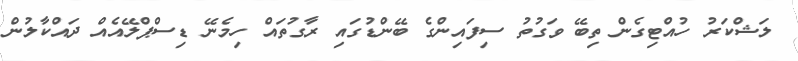
ލަޝްކަރު ހުއްޓިގެން ތިބޭ ވަގުތު ސިފައިންގެ ބޭންޑުގައި ރާގުތައް ހިމެނޭ ޑިސްޕްލޭއެއް ދައްކާލުން